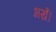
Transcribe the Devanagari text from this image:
भखैं।